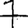
Digit: 7